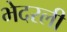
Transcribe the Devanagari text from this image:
भेदरली